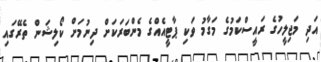
އަދި މަޖިލީހުގެ ރައީސްކަމުގެ މަގާމު ވަކި ޕާޓީއެއްގެ މެންބަރަކަށް ދިނުމަށް ކޯލިޝަން ތެރޭގައި